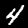
Digit: 4